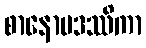
စာနောမဒဿိကာ